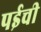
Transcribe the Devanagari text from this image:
पईची